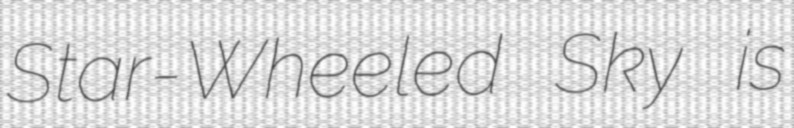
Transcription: Star-Wheeled Sky is